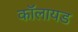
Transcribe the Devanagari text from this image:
कॉलायड